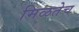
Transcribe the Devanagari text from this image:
मिळतेच